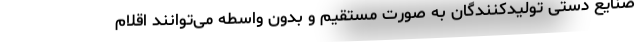
صنایع دستی تولیدکنندگان به صورت مستقیم و بدون واسطه می‌توانند اقلام